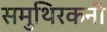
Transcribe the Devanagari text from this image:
समुथिरकनी